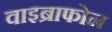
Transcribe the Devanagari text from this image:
वाइब्राफोन